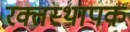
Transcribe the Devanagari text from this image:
रक्तस्थापक